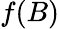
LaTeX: f(B)